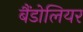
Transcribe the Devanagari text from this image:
बैंडोलियर